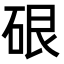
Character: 硍